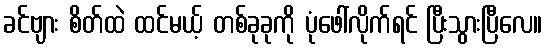
ခင်ဗျား စိတ်ထဲ ထင်မယ့် တစ်ခုခုကို ပုံဖေါ်လိုက်ရင် ပြီးသွားပြီလေ။